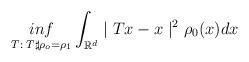
LaTeX: \begin{align*}\underset{T:\;T \sharp\rho_o =\rho_1}{inf} \int _{\mathbb{R}^d}\mid Tx-x\mid^2\rho_0(x)d x\end{align*}